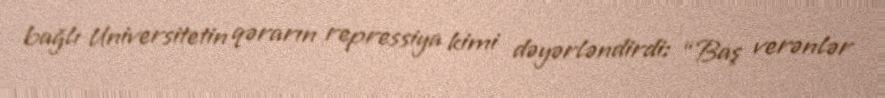
bağlı Universitetin qərarın repressiya kimi dəyərləndirdi: “Baş verənlər